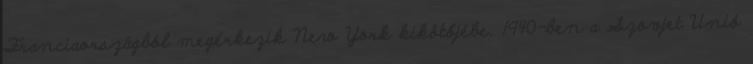
Franciaországból megérkezik New York kikötőjébe. 1940-ben a Szovjet Unió